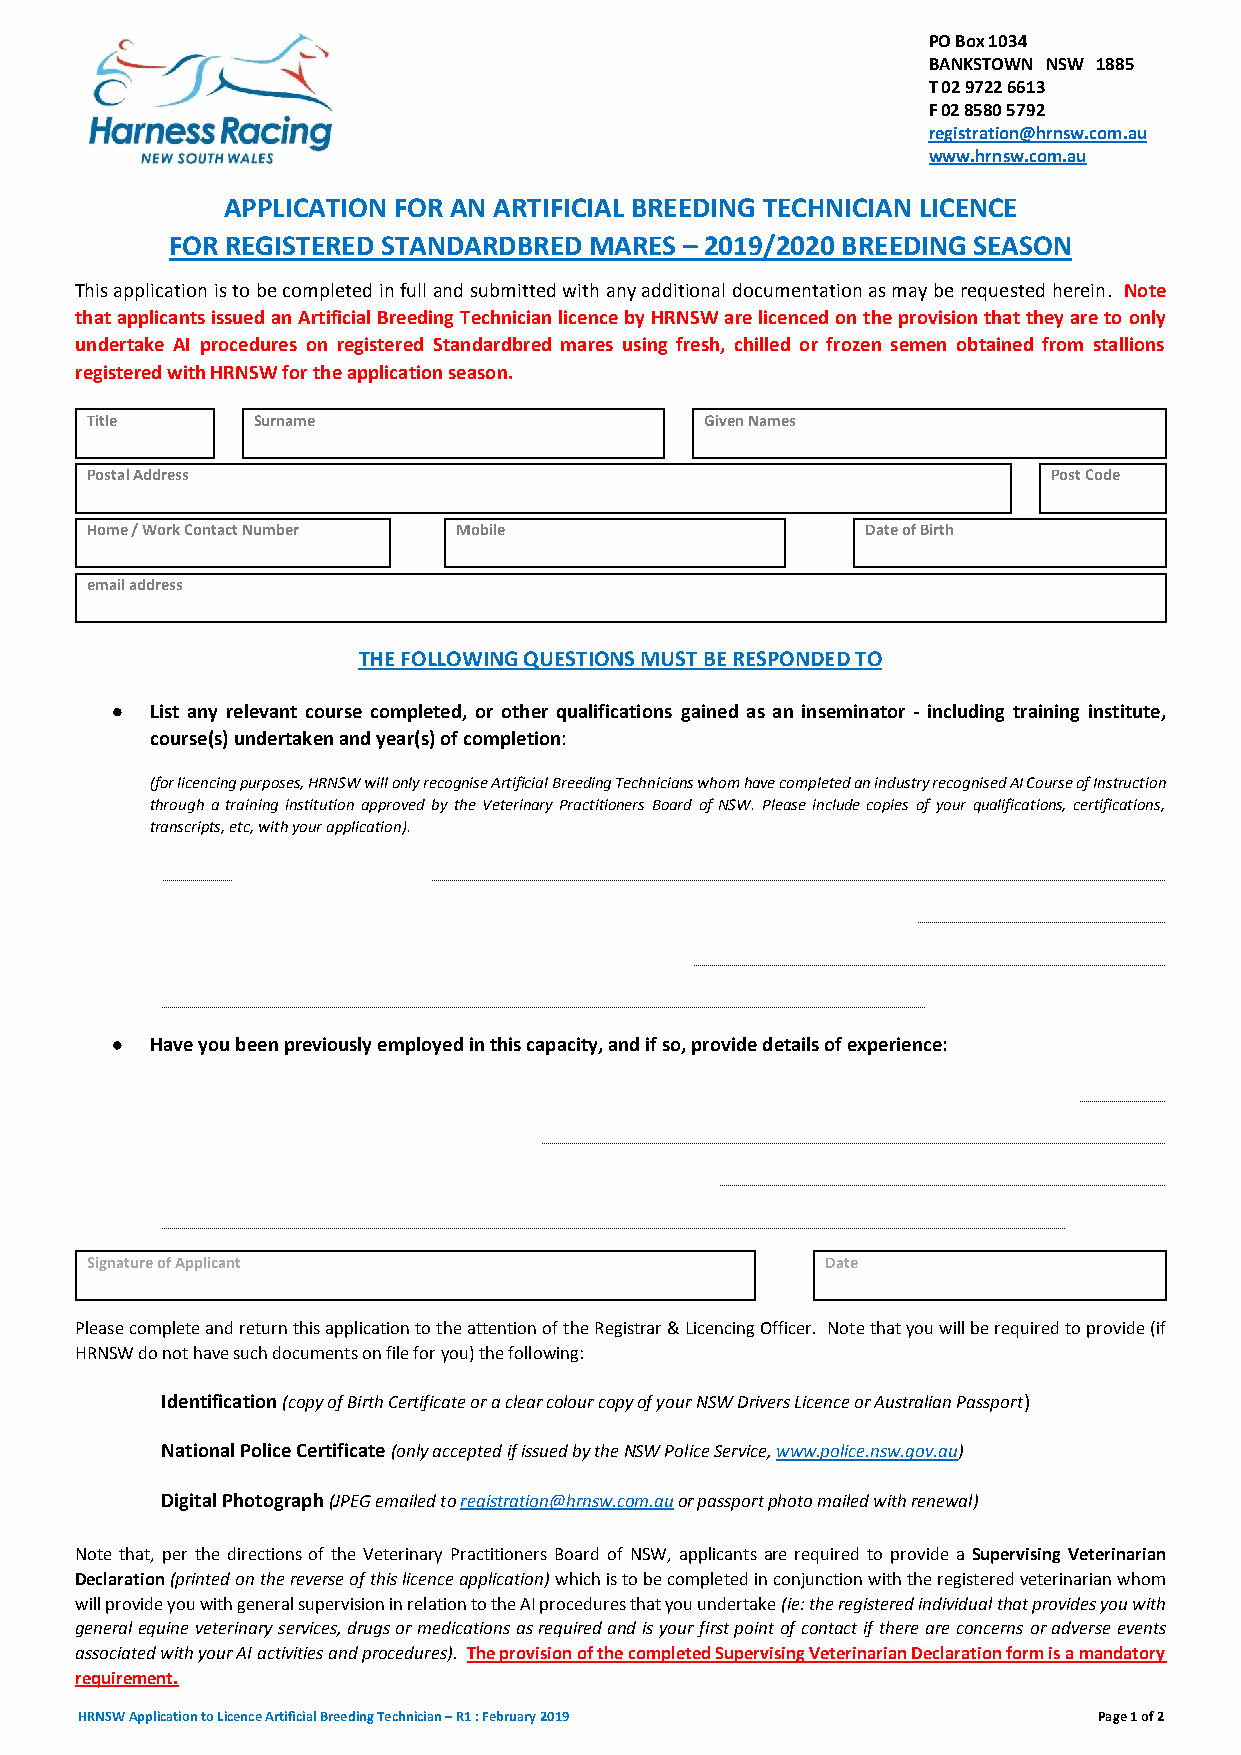
PO Box 1034
 BANKSTOWN NSW 1885
 T 02 9722 6613
 F 02 8580 5792
 registration@hrnsw.com.au
 www.hrnsw.com.au
 APPLICATION FOR AN ARTIFICIAL BREEDING TECHNICIAN LICENCE
 FOR REGISTERED STANDARDBRED MARES – 2019/2020 BREEDING SEASON
 This application is to be completed in full and submitted with any additional documentation as may be requested herein. Note
 that applicants issued an Artificial Breeding Technician licence by HRNSW are licenced on the provision that they are to only
 undertake AI procedures on registered Standardbred mares using fresh, chilled or frozen semen obtained from stallions
 registered with HRNSW for the application season.
 Title      Surname                       Given Names
 Postal Address                                                  Post Code
 Home / Work Contact Number Mobile                  Date of Birth
 email address
 THE FOLLOWING QUESTIONS MUST BE RESPONDED TO
   List any relevant course completed, or other qualifications gained as an inseminator - including training institute,
 course(s) undertaken and year(s) of completion:
 (for licencing purposes, HRNSW will only recognise Artificial Breeding Technicians whom have completed an industry recognised AI Course of Instruction
 through a training institution approved by the Veterinary Practitioners Board of NSW. Please include copies of your qualifications, certifications,
 transcripts, etc, with your application).
   Have you been previously employed in this capacity, and if so, provide details of experience:
 Signature of Applicant                           Date
 Please complete and return this application to the attention of the Registrar & Licencing Officer. Note that you will be required to provide (if
 HRNSW do not have such documents on file for you) the following:
 Identification (copy of Birth Certificate or a clear colour copy of your NSW Drivers Licence or Australian Passport)
 National Police Certificate (only accepted if issued by the NSW Police Service, www.police.nsw.gov.au)
 Digital Photograph (JPEG emailed to registration@hrnsw.com.au or passport photo mailed with renewal)
 Note that, per the directions of the Veterinary Practitioners Board of NSW, applicants are required to provide a Supervising Veterinarian
 Declaration (printed on the reverse of this licence application) which is to be completed in conjunction with the registered veterinarian whom
 will provide you with general supervision in relation to the AI procedures that you undertake (ie: the registered individual that provides you with
 general equine veterinary services, drugs or medications as required and is your first point of contact if there are concerns or adverse events
 associated with your AI activities and procedures). The provision of the completed Supervising Veterinarian Declaration form is a mandatory
 requirement.
 HRNSW Application to Licence Artificial Breeding Technician – R1 : February 2019 Page 1 of 2